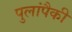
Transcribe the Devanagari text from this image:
पुलांपैकी